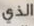
الذي